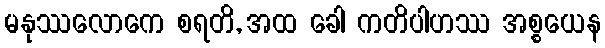
မနုဿလောကေ စရတိ, အထ ခေါ ကတိပါဟဿ အစ္စယေန